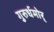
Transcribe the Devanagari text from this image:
गुरुर्धमोर्